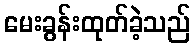
မေးခွန်းထုတ်ခဲ့သည်